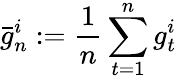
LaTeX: {\bar{g}}_{n}^{i}:={\frac{1}{n}}\sum_{t=1}^{n}g_{t}^{i}